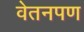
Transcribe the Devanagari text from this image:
वेतनपण